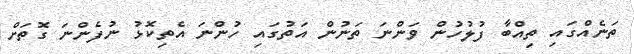
ތަނެއްގައި ތިއްބާ ފުލުހުން ވަންނަ ތަނުން އަތުގައި ހުންނަ އެތިކޮޅު ނުފެންނަ ގޮތަށް